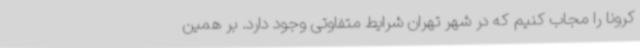
کرونا را مجاب کنیم که در شهر تهران شرایط متفاوتی وجود دارد. بر همین